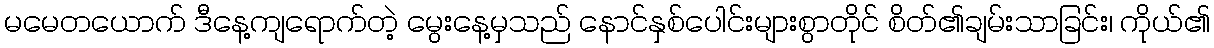
မမေတယောက် ဒီနေ့ကျရောက်တဲ့ မွေးနေ့မှသည် နောင်နှစ်ပေါင်းများစွာတိုင် စိတ်၏ချမ်းသာခြင်း၊ ကိုယ်၏